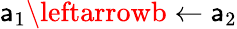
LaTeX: \mathsf{a}_{1}\leftarrowb\leftarrow\mathsf{a}_{2}